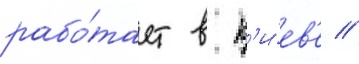
рабо́тает в к'и́ев'е //